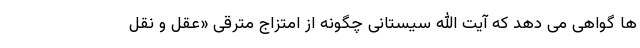
ها گواهی می دهد که آیت الله سیستانی چگونه از امتزاج مترقی «عقل و نقل